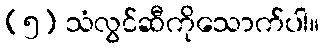
(၅) သံလွင်ဆီကိုသောက်ပါ။